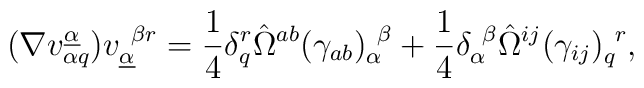
(\nabla v_{\alpha q}^{\underline\alpha})v_{\underline\alpha}^{~\beta r}={1\over 4}\delta_q^r\hat\Omega^{ab}(\gamma_{ab})_{\alpha}^{~\beta}+{1\over 4}\delta_\alpha^{~\beta}\hat\Omega^{ij}(\gamma_{ij})_q^{~r},